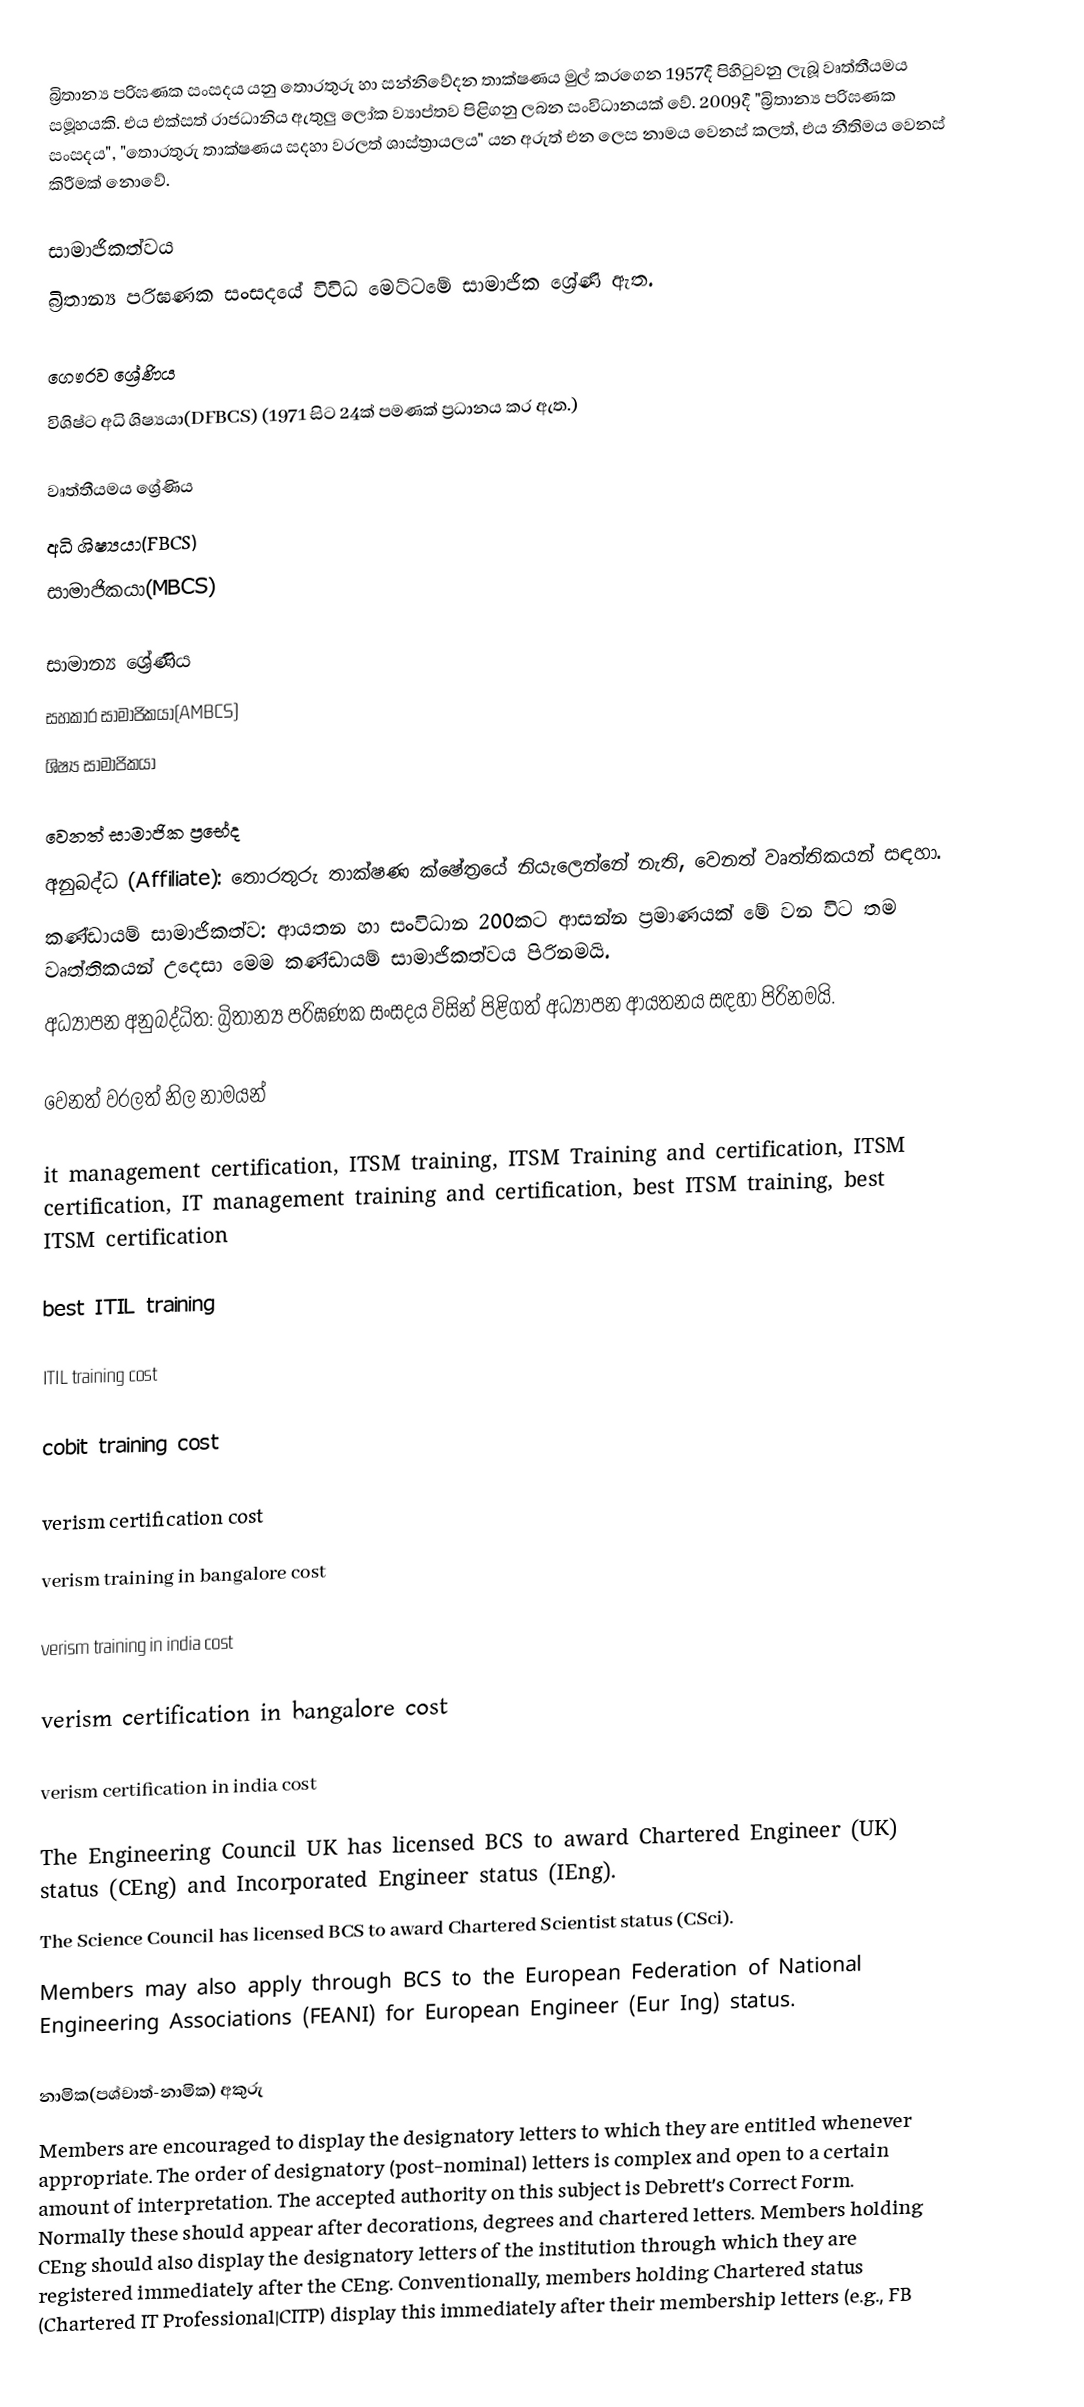
බ්‍රිතාන්‍ය පරිඝණක සංසදය යනු තොරතුරු හා සන්නිවේදන තාක්ෂණය මුල් කරගෙන 1957දී පිහිටුවනු ලැබූ වෘත්තීයමය සමූහයකි. එය එක්සත් රාජධානිය ඇතුලු ලෝක ව්‍යාප්තව පිළිගනු ලබන සංවිධානයක් වේ. 2009දී "බ්‍රිතාන්‍ය පරිඝණක සංසදය", "තොරතුරු තාක්ෂණය සදහා වරලත් ශාස්ත්‍රායලය" යන අරුත් එන ලෙස නාමය වෙනස් කලත්, එය නීතිමය වෙනස් කිරීමක් නොවේ.

සාමාජිකත්වය
බ්‍රිතාන්‍ය පරිඝණක සංසදයේ විවිධ මෙට්ටමේ සාමාජික ශ්‍රේණි ඇත.

ගෞරව ශ්‍රේණිය
 විශිෂ්ට අධි ශිෂ්‍යයා(DFBCS) (1971 සිට 24ක් පමණක් ප්‍රධානය කර ඇත.)

වෘත්තීයමය ශ්‍රේණිය
 අධි ශිෂ්‍යයා(FBCS)
 සාමාජිකයා(MBCS)

සාමාන්‍ය ශ්‍රේණිය
 සහකාර සාමාජිකයා(AMBCS)
 ශිෂ්‍ය සාමාජිකයා

වෙනත් සාමාජික ප්‍රභේද
 අනුබද්ධ (Affiliate): තොරතුරු තාක්ෂණ ක්ෂේත්‍රයේ නියැලෙන්නේ නැති, වෙනත් වෘත්තිකයන් සඳහා.
 කණ්ඩායම් සාමාජිකත්ව: ආයතන හා සංවිධාන 200කට ආසන්න ප්‍රමාණයක් මේ වන විට තම වෘත්තිකයන් උදෙසා මෙම කණ්ඩායම් සාමාජිකත්වය පිරිනමයි.
 අධ්‍යාපන අනුබද්ධිත: බ්‍රිතාන්‍ය පරිඝණක සංසදය විසින් පිළිගත් අධ්‍යාපන ආයතනය සඳහා පිරිනමයි.

වෙනත් වරලත් නිල නාමයන්

it management certification, ITSM training, ITSM Training and certification, ITSM  certification, IT management training and certification, best ITSM training, best ITSM certification

best ITIL training

ITIL training cost

cobit training cost

verism certification cost

verism training in bangalore cost

verism training in india cost

verism certification in bangalore cost

verism certification in india cost

 The Engineering Council UK has licensed BCS to award Chartered Engineer (UK) status (CEng) and Incorporated Engineer status (IEng).
 The Science Council has licensed BCS to award Chartered Scientist status (CSci).
 Members may also apply through BCS to the European Federation of National Engineering Associations (FEANI) for European Engineer (Eur Ing) status.

නාමික(පශ්චාත්-නාමික) අකුරු
Members are encouraged to display the designatory letters to which they are entitled whenever appropriate. The order of designatory (post-nominal) letters is complex and open to a certain amount of interpretation. The accepted authority on this subject is Debrett’s Correct Form. Normally these should appear after decorations, degrees and chartered letters. Members holding CEng should also display the designatory letters of the institution through which they are registered immediately after the CEng. Conventionally, members holding Chartered status (Chartered IT Professional|CITP) display this immediately after their membership letters (e.g., FB